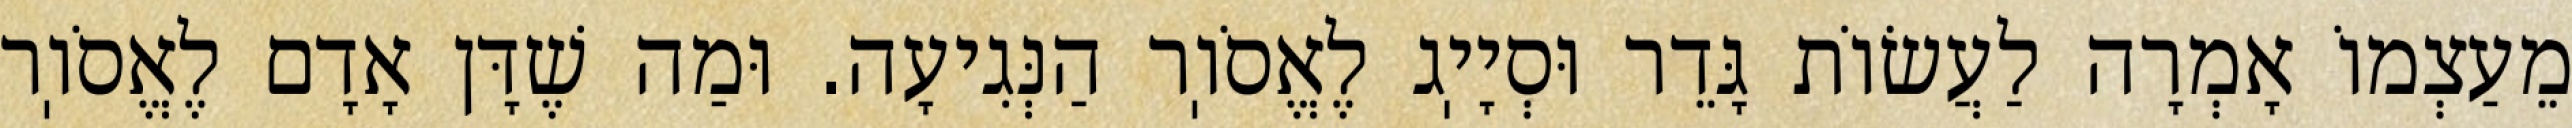
מֵעַצְמוֹ אָמְרָה לַעֲשׂוֹת גָּדֵר וּסְיָיֽג לֶאֱסֹוֽר הַנְּגִיעָה. וּמַה שֶׁדָּן אָדָם לֶאֱסֹוֽר